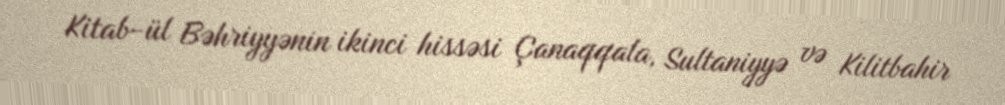
Kitab-ül Bəhriyyənin ikinci hissəsi Çanaqqala, Sultaniyyə və Kilitbahir